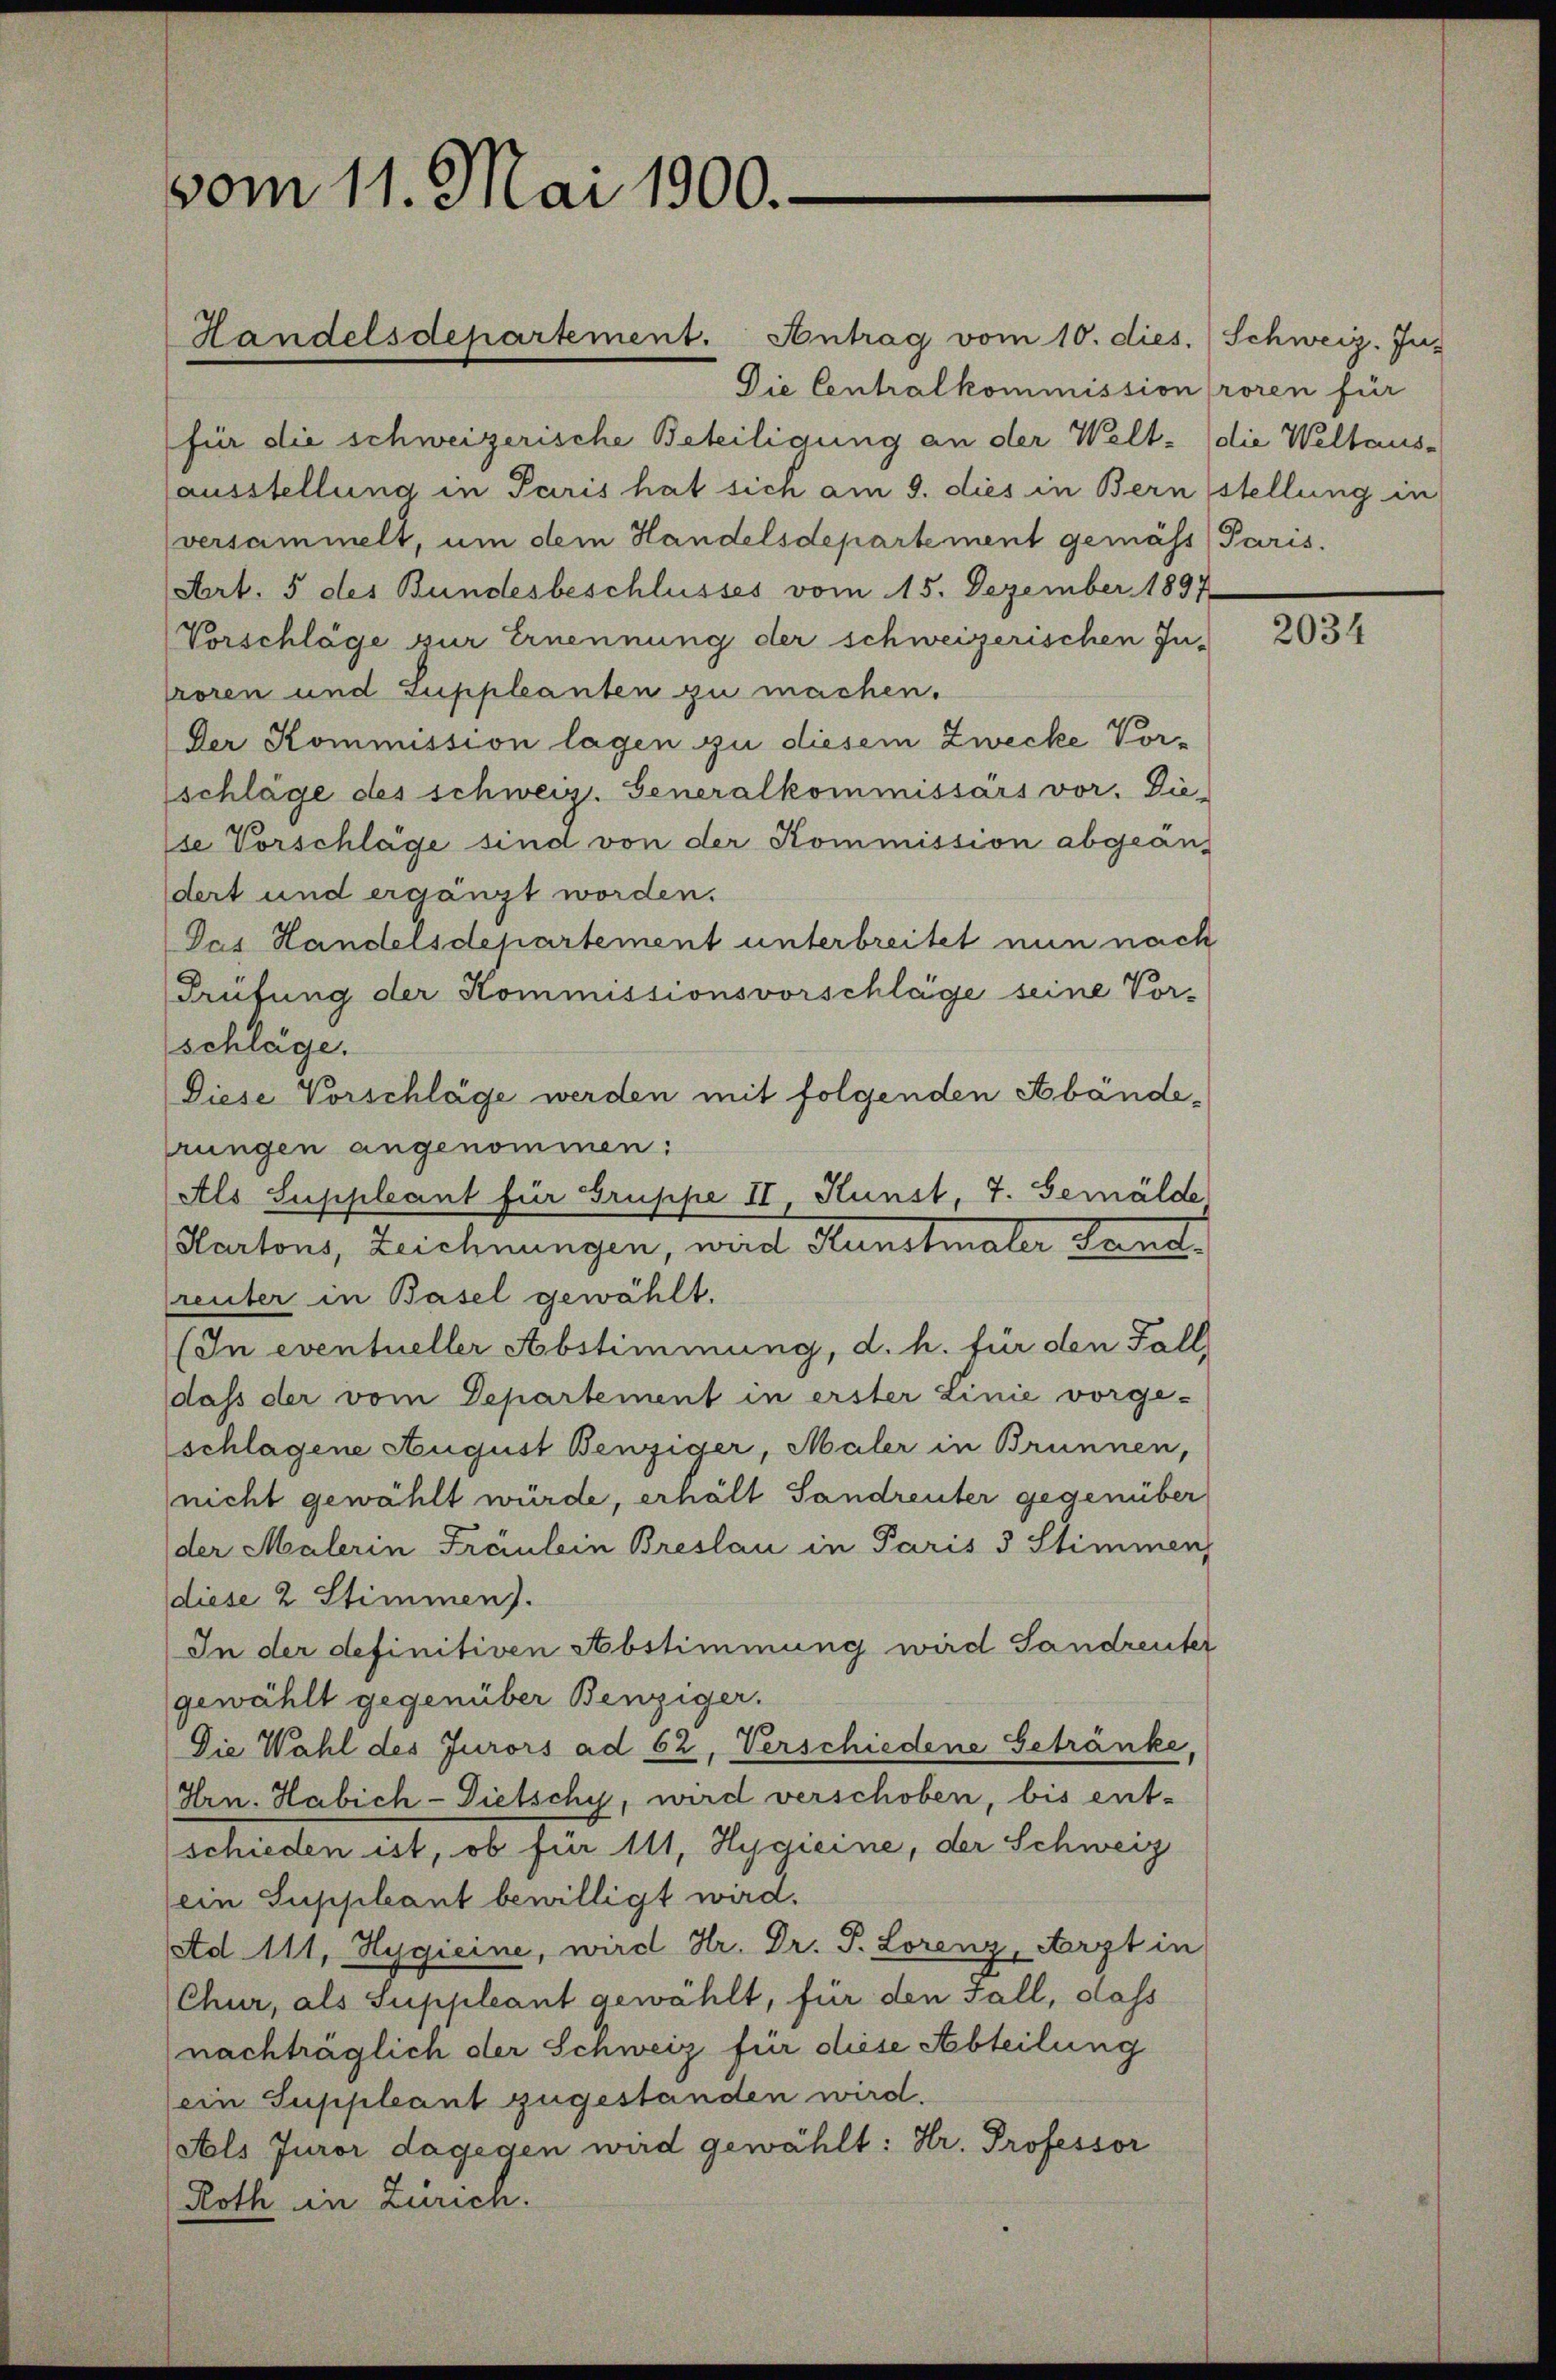
vom 11. Mai 1900.

Handelsdepartement. Antrag vom 10. dies. Schweiz. Ju-
Die Centralkommission froren für
für die schweizerische Beteiligung an der Welt- (die Weltaus-
ausstellung in Paris hat sich am 9. dies in Bern stellung in
(versammelt, um dem Handelsdepartement gemäss Paris.
Art. 5 des Bundesbeschlusses vom 15. Dezember 1897
Vorschläge zur Ernennung der schweizerischen In-
roren und Suppleanten zu machen.
Der Kommission lagen zu diesem Zwecke Vorschläge des schweiz. Generalkommissärs vor. Die-
lse Vorschläge sind von der Kommission abgeän-
dert und ergänzt worden.
Das Handelsdepartement unterbreitet nun nach
Prüfung der Kommissionsvorschläge seine Vor-
schläge.
Diese Vorschläge werden mit folgenden Abänderungen angenommen:
Als Suppleant für Gruppe II, Kunst, 7. Gemälde
Kartons, Zeichnungen, wird Kunstmaler Sandreuter in Basel gewählt.
(In eventueller Abstimmung, d. h. für den Fall
dass der vom Departement in erster Linie vorge-
schlagene August Benziger, Maler in Brunnen,
nicht gewählt würde, erhält Sandreuter gegenüber
der Malerin Fräulein Breslau in Paris 3 Stimmen,
diese 2 Stimmen).
In der definitiven Abstimmung wird Sandreuter
gewählt gegenüber Benziger.
Die Wahl des Jurors ad 62, Verschiedene Getränke,
Hrn. Habich-Dietschy, wird verschoben, bis ent-
schieden ist, ob für 111, Hygieine, der Schweiz
(ein Suppleant bewilligt wird.
Ad 111, Hygieine, wird Hr. Dr. P. Lorenz, Arzt in
Chur, als Suppleant gewählt, für den Fall, dass
nachträglich der Schweiz für diese Abteilung
(ein Suppleant zugestanden wird.
(Als Juror dagegen wird gewählt: Hr. Professor
Roth in Zürich.

2034